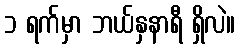
၁ ရက်မှာ ဘယ်နှနာရီ ရှိလဲ။